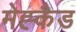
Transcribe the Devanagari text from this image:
मेह्कैड